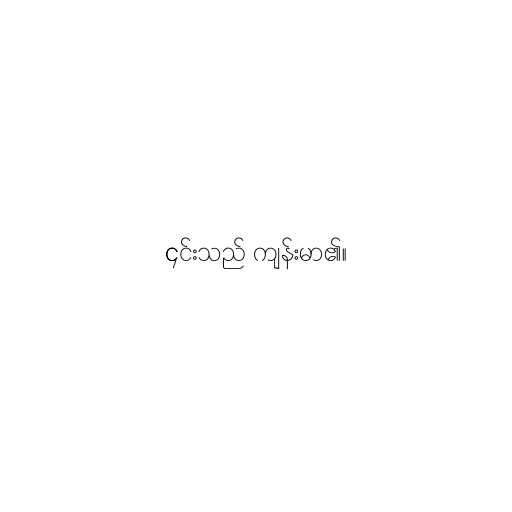
၎င်းသည် ကျန်းမာ၏။